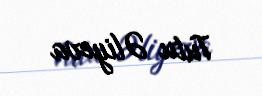
Tutu Əliyeva